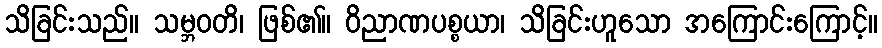
သိခြင်းသည်။ သမ္ဘဝတိ၊ ဖြစ်၏။ ဝိညာဏပစ္စယာ၊ သိခြင်းဟူသော အကြောင်းကြောင့်။